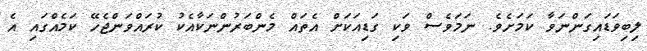
ލިބިވަޑައިގަންނަވާ ކަމަށެވެ. ނަމަވެސް ވަކި ގަޑިއަކަށް އެތައް މެންބަރުންނަކާއެކު ކުރައްވަންޖެހޭ ކަމެއްގައި އެ